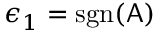
\epsilon _ { 1 } = \mathrm { s g n } ( \mathsf { A } )